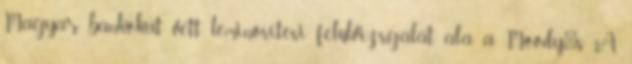
Magyar bankokat vett leminősítési felülvizsgálat alá a Moody's A